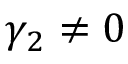
\gamma _ { 2 } \neq 0